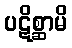
ပဋိစ္ဆာမိ